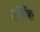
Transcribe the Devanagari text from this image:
टोँक